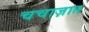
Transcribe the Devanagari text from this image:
चचाज़ात